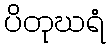
ပိတုဃရံ